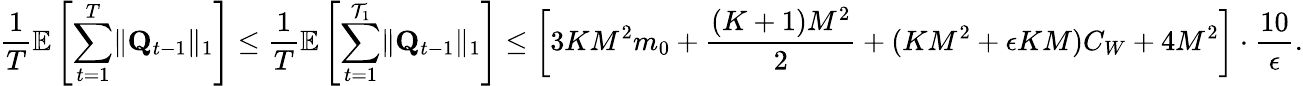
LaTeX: \frac 1T\mathbb E\left[\sum_{t=1}^{T}\lVert\mathbf Q_{t-1}\rVert_{1}\right]\le\frac 1T\mathbb E\left[\sum_{t=1}^{\mathcal T_{1}}\lVert\mathbf Q_{t-1}\rVert_{1}\right]\le\left[3KM^{2}m_{0}+\frac{(K+1)M^{2}}2+(KM^{2}+\epsilon KM)C_{W}+4M^{2}\right]\cdot\frac{10}\epsilon.